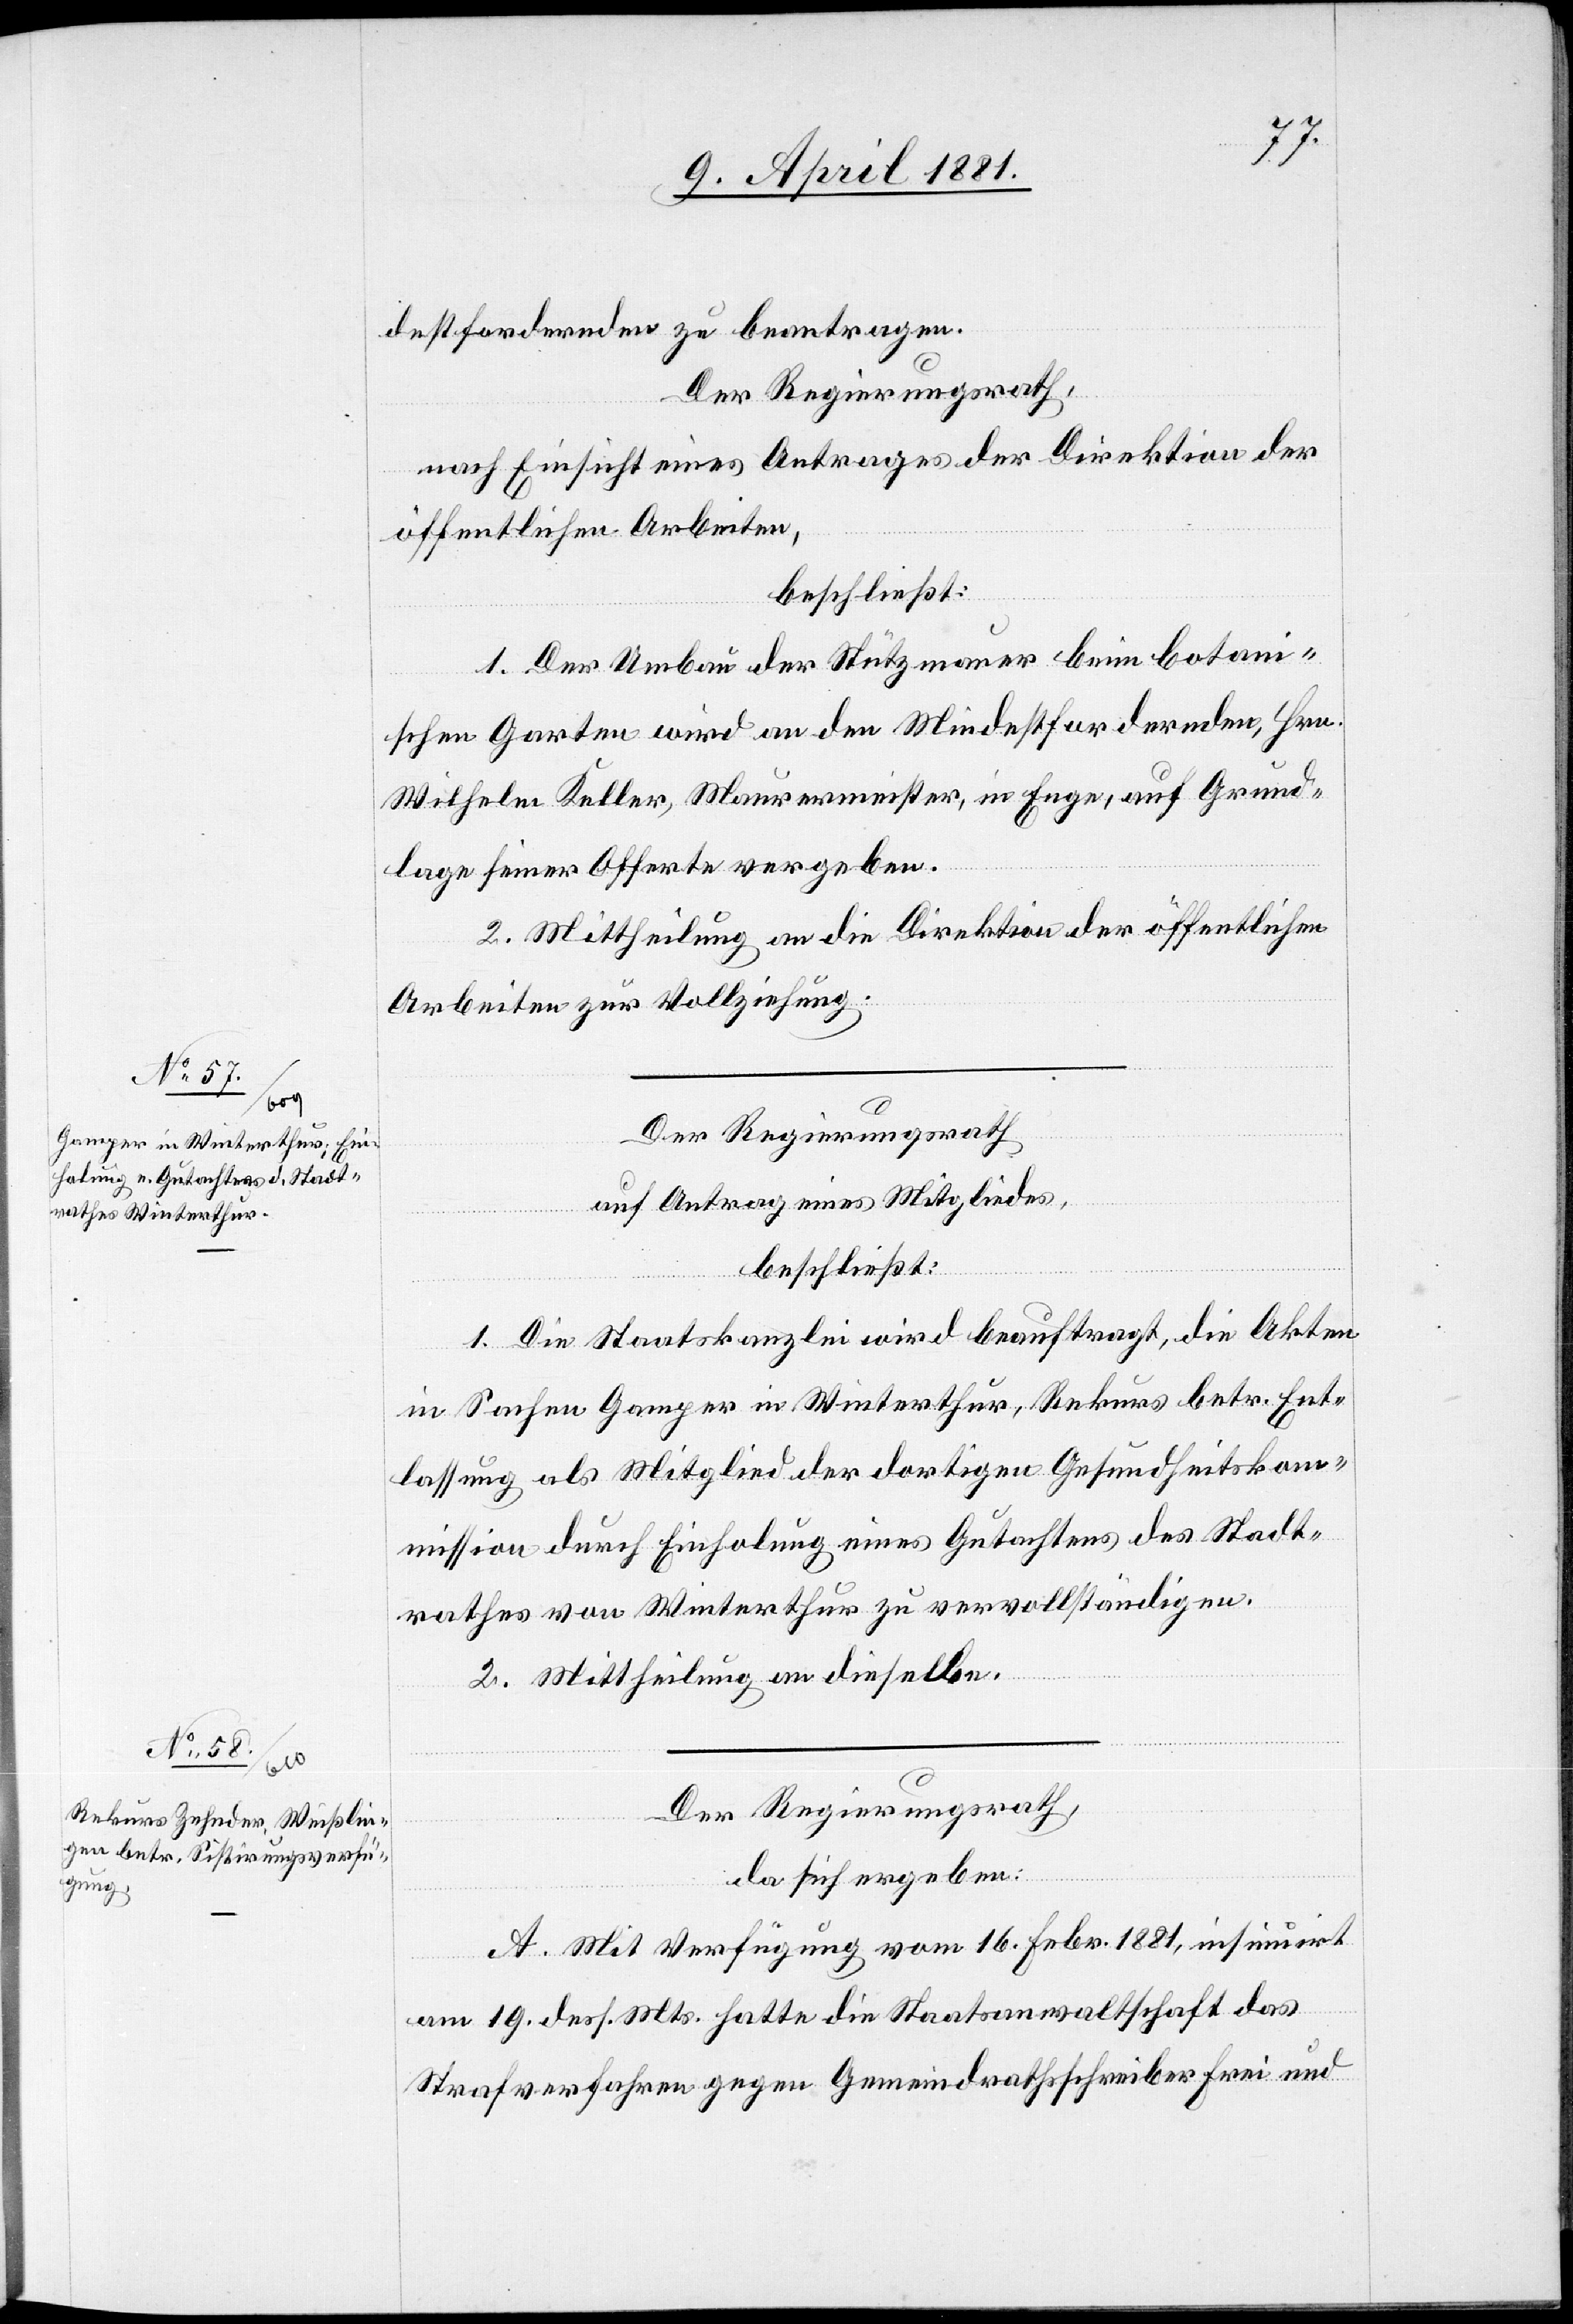
destfordernden zu beantragen.
Der Regierungsrath,
nach Einsicht eines Antrages der Direktion der
öffentlichen Arbeiten,
beschließt:
I. Der Umbau der Stützmauer beim Botan¬
ischen Garten wird an den Mindestfordernden, Hrn.
Wilhelm Keller, Maurermeister, in Enge, auf Grund¬
lage seiner Offerte vergeben.
2. Mittheilung an die Direktion öffentlichen
Arbeiten zur Vollziehung.
Der Regierungsrath,
auf Antrag eines Mitgliedes,
beschließt:
1. Die Staatskanzlei wird beauftragt, die Akten
in Sachen Gamper in Winterthur, Rekurs betr. Ent¬
lassung als Mitglied der dortigen Gesundheitskom¬
mission durch Einholung eines Gutachtens des Stadt¬
rathes von Winterthur zu vervollständigen.
2. Mittheilung an dieselbe.
Der Regierungsrath,
da sich ergeben:
A. Mit Verfügung vom 16. Febr. 1881, insinuirt
am 19. dess. Mts. hatte die Staatsanwaltschaft das
Strafverfahren gegen Gemeindrathsschreiber Frei und